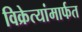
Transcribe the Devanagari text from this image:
विक्रेत्यांमार्फत